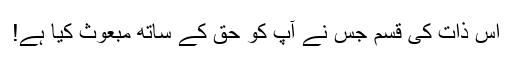
اس ذات کی قسم جس نے آپ کو حق کے ساتھ مبعوث کیا ہے!